Annual administration report of the Civil Veterinary Department, Sind - 1942-1943
Year: 1942
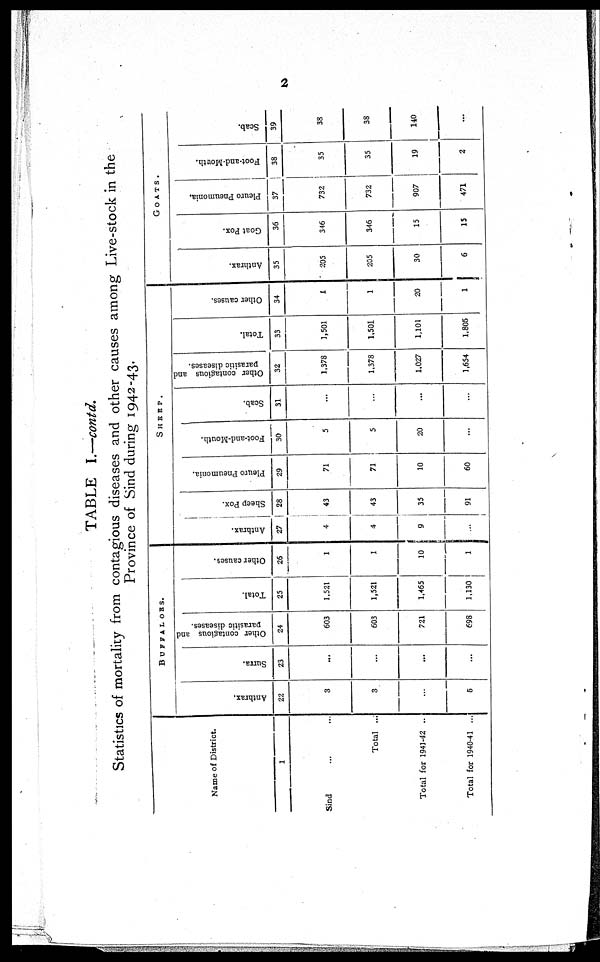
2
TABLE I.—contd.
Statistics of mortality from contagious diseases and other causes among Live-stock in the
Province of Sind during 1942-43.
Name of District.
1
Sind ... ...
Total ...
Total for 1941-42 ..
Total for 1940-41 ...
BUFFALOES.
Anthrax,
22
3
3
...
6
Surra.
23
...
...
...
...
Other contagious and
parasitic diseases.
24
603
603
721
698
Total.
25
1,521
1,521
1,465
1,130
Other causes.
26
1
1
10
1
SHEEP.
Anthrax.
27
4
4
9
...
Sheep Pox.
28
43
43
35
91
Pleuro Pneumonia.
29
71
71
10
60
Foot-and-Mouth.
30
5
5
20
...
Scab.
31
...
...
...
...
Other contagious and
parasitic diseases.
32
1,378
1,378
1,027
1,654
Total.
33
1,501
1,501
1,101
1,805
Other causes.
34
1
1
20
1
GOATS.
Anthrax.
35
205
205
30
6
Goat Pox.
36
346
346
15
15
Pleuro Pneumonia.
37
732
732
907
471
Foot-and-Mouth.
38
35
35
19
2
Scab.
39
38
38
140
...